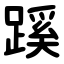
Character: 蹊